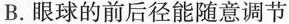
B.眼球的前后径能随意调节